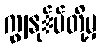
ကျွနု်ပ်တို့မှ